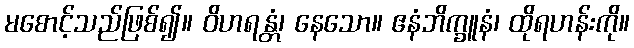
မစောင့်သည်ဖြစ်၍။ ဝိဟရန္တံ၊ နေသော။ ဧနံဘိက္ခူနံ၊ ထိုရဟန်းကို။